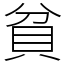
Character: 貧